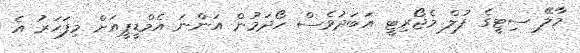
މާލޭ ސިޓީގެ ފުލް މެޖޯރިޓީ އަބަދުވެސް ހޯދަމުން އަންނަ އެމްޑީޕީއަށް މިފަހަރު އެ